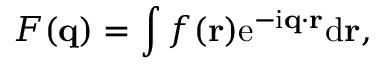
F ( \mathbf { q } ) = \int f ( \mathbf { r } ) \mathrm { e } ^ { - \mathrm { i } \mathbf { q } \cdot \mathbf { r } } \mathrm { d } \mathbf { r } ,